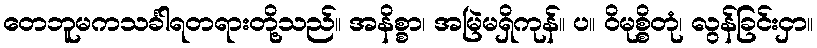
တေဘူမကသင်္ခါရတရားတို့သည်။ အနိစ္စာ၊ အမြဲမရှိကုန်။ ပ။ ဝိမုစ္စိတုံ၊ လွန်ခြင်းငှာ။